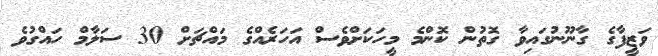
ވަޒީފާގެ ގާނޫނުގައިވާ ގޮތުން ކޮންމެ މީހަކަށްވެސް އަހަރެއްގެ މައްޗަށް 30 ސަލާމް ހައްގުވެ